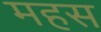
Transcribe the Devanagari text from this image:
महस